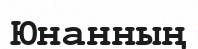
Юнанның